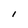
Character: l